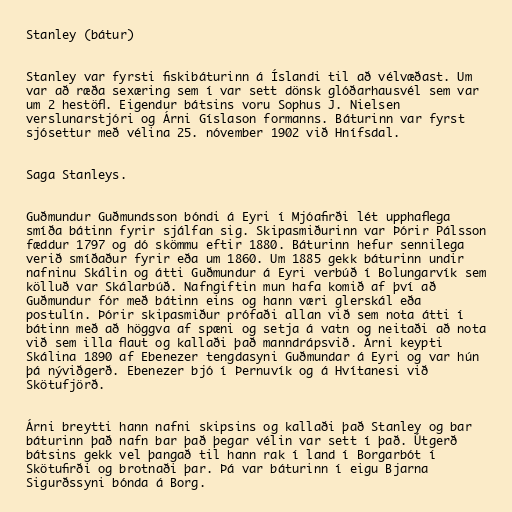
Stanley (bátur)

Stanley var fyrsti fiskibáturinn á Íslandi til að vélvæðast. Um
var að ræða sexæring sem í var sett dönsk glóðarhausvél sem var
um 2 hestöfl. Eigendur bátsins voru Sophus J. Nielsen
verslunarstjóri og Árni Gíslason formanns. Báturinn var fyrst
sjósettur með vélina 25. nóvember 1902 við Hnífsdal.

Saga Stanleys.

Guðmundur Guðmundsson bóndi á Eyri í Mjóafirði lét upphaflega
smíða bátinn fyrir sjálfan sig. Skipasmiðurinn var Þórir Pálsson
fæddur 1797 og dó skömmu eftir 1880. Báturinn hefur sennilega
verið smíðaður fyrir eða um 1860. Um 1885 gekk báturinn undir
nafninu Skálin og átti Guðmundur á Eyri verbúð í Bolungarvík sem
kölluð var Skálarbúð. Nafngiftin mun hafa komið af því að
Guðmundur fór með bátinn eins og hann væri glerskál eða
postulín. Þórir skipasmiður prófaði allan við sem nota átti í
bátinn með að höggva af spæni og setja á vatn og neitaði að nota
við sem illa flaut og kallaði það manndrápsvið. Árni keypti
Skálina 1890 af Ebenezer tengdasyni Guðmundar á Eyri og var hún
þá nýviðgerð. Ebenezer bjó í Þernuvík og á Hvítanesi við
Skötufjörð.

Árni breytti hann nafni skipsins og kallaði það Stanley og bar
báturinn það nafn bar það þegar vélin var sett í það. Útgerð
bátsins gekk vel þangað til hann rak í land í Borgarbót í
Skötufirði og brotnaði þar. Þá var báturinn í eigu Bjarna
Sigurðssyni bónda á Borg.